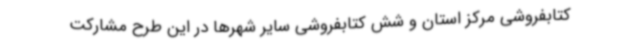
کتابفروشی مرکز استان و شش کتابفروشی سایر شهرها در این طرح مشارکت